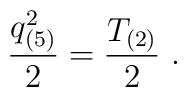
{ q_{(5)}^2\over 2} = {T_{(2)}\over 2}\ .